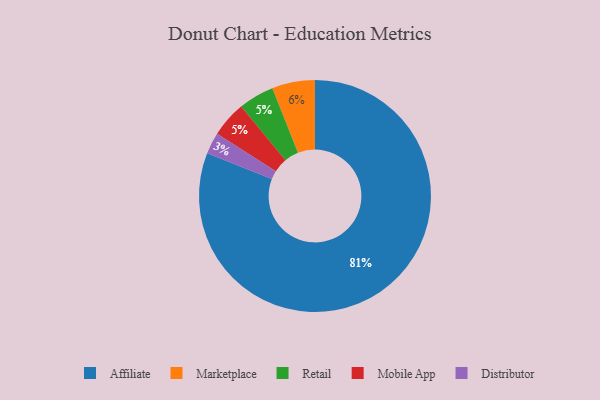
{"axis": {"x": "Category", "y": "Percentage"}, "legend": ["Affiliate", "Distributor", "Marketplace", "Mobile App", "Retail"], "data": [{"x": "Retail", "y": 5, "type": "Retail"}, {"x": "Marketplace", "y": 6, "type": "Marketplace"}, {"x": "Mobile App", "y": 5, "type": "Mobile App"}, {"x": "Affiliate", "y": 81, "type": "Affiliate"}, {"x": "Distributor", "y": 3, "type": "Distributor"}]}